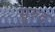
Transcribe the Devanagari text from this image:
सुरुद